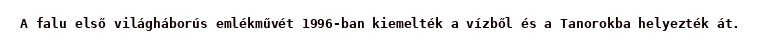
A falu első világháborús emlékművét 1996-ban kiemelték a vízből és a Tanorokba helyezték át.